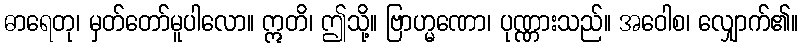
ဓာရေတု၊ မှတ်တော်မူပါလော။ ဣတိ၊ ဤသို့။ ဗြာဟ္မဏော၊ ပုဏ္ဏားသည်။ အဝေါစ၊ လျှောက်၏။